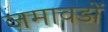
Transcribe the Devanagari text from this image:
जमावडों